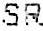
SR